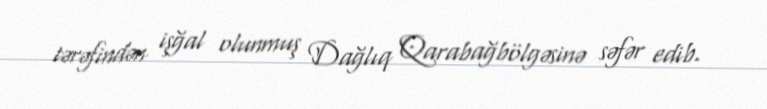
tərəfindən işğal olunmuş Dağlıq Qarabağbölgəsinə səfər edib.